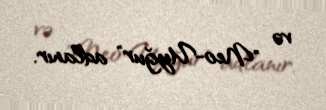
və "Neo-Uyğur" adlanır.